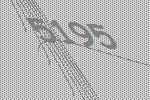
5195